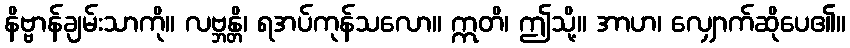
နိဗ္ဗာန်ချမ်းသာကို။ လဗ္ဘန္တိ၊ ရအပ်ကုန်သလော။ ဣတိ၊ ဤသို့။ အာဟ၊ လျှောက်ဆိုပေ၏။